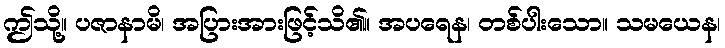
ဤသို့။ ပဇာနာမိ၊ အပြားအားဖြင့်သိ၏။ အပရေန၊ တစ်ပါးသော။ သမယေန၊